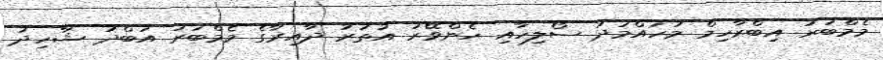
މެމްބަރު އިބްރާހިމް މުހައްމަދު ސޯލިހާއި ހެންވޭރު އުތުރު ދާއިރާގެ މެމްބަރު އަބްދު ޝާހިދު